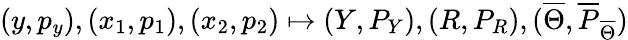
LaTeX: (y,p_{y}),(x_{1},p_{1}),(x_{2},p_{2})\mapsto(Y,P_{Y}),(R,P_{R}),(\overline{{{\Theta}}},\overline{{{P}}}_{\overline{{{\Theta}}}})